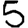
Digit: 5